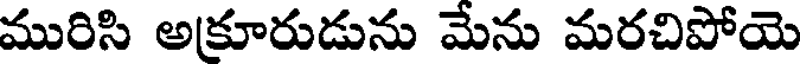
మురిసి అకూరుడును మేను మరచిపోయె